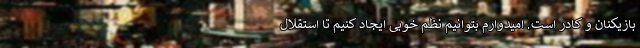
بازیکنان و کادر است. امیدوارم بتوانیم نظم خوبی ایجاد کنیم تا استقلال